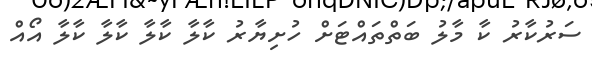
ސަރުކާރު ކާ މާލު ބަތްތައްޓަށް ހުށިޔާރު ކާލާ ކާލާ ކާލާ ކާލާ އޯއް